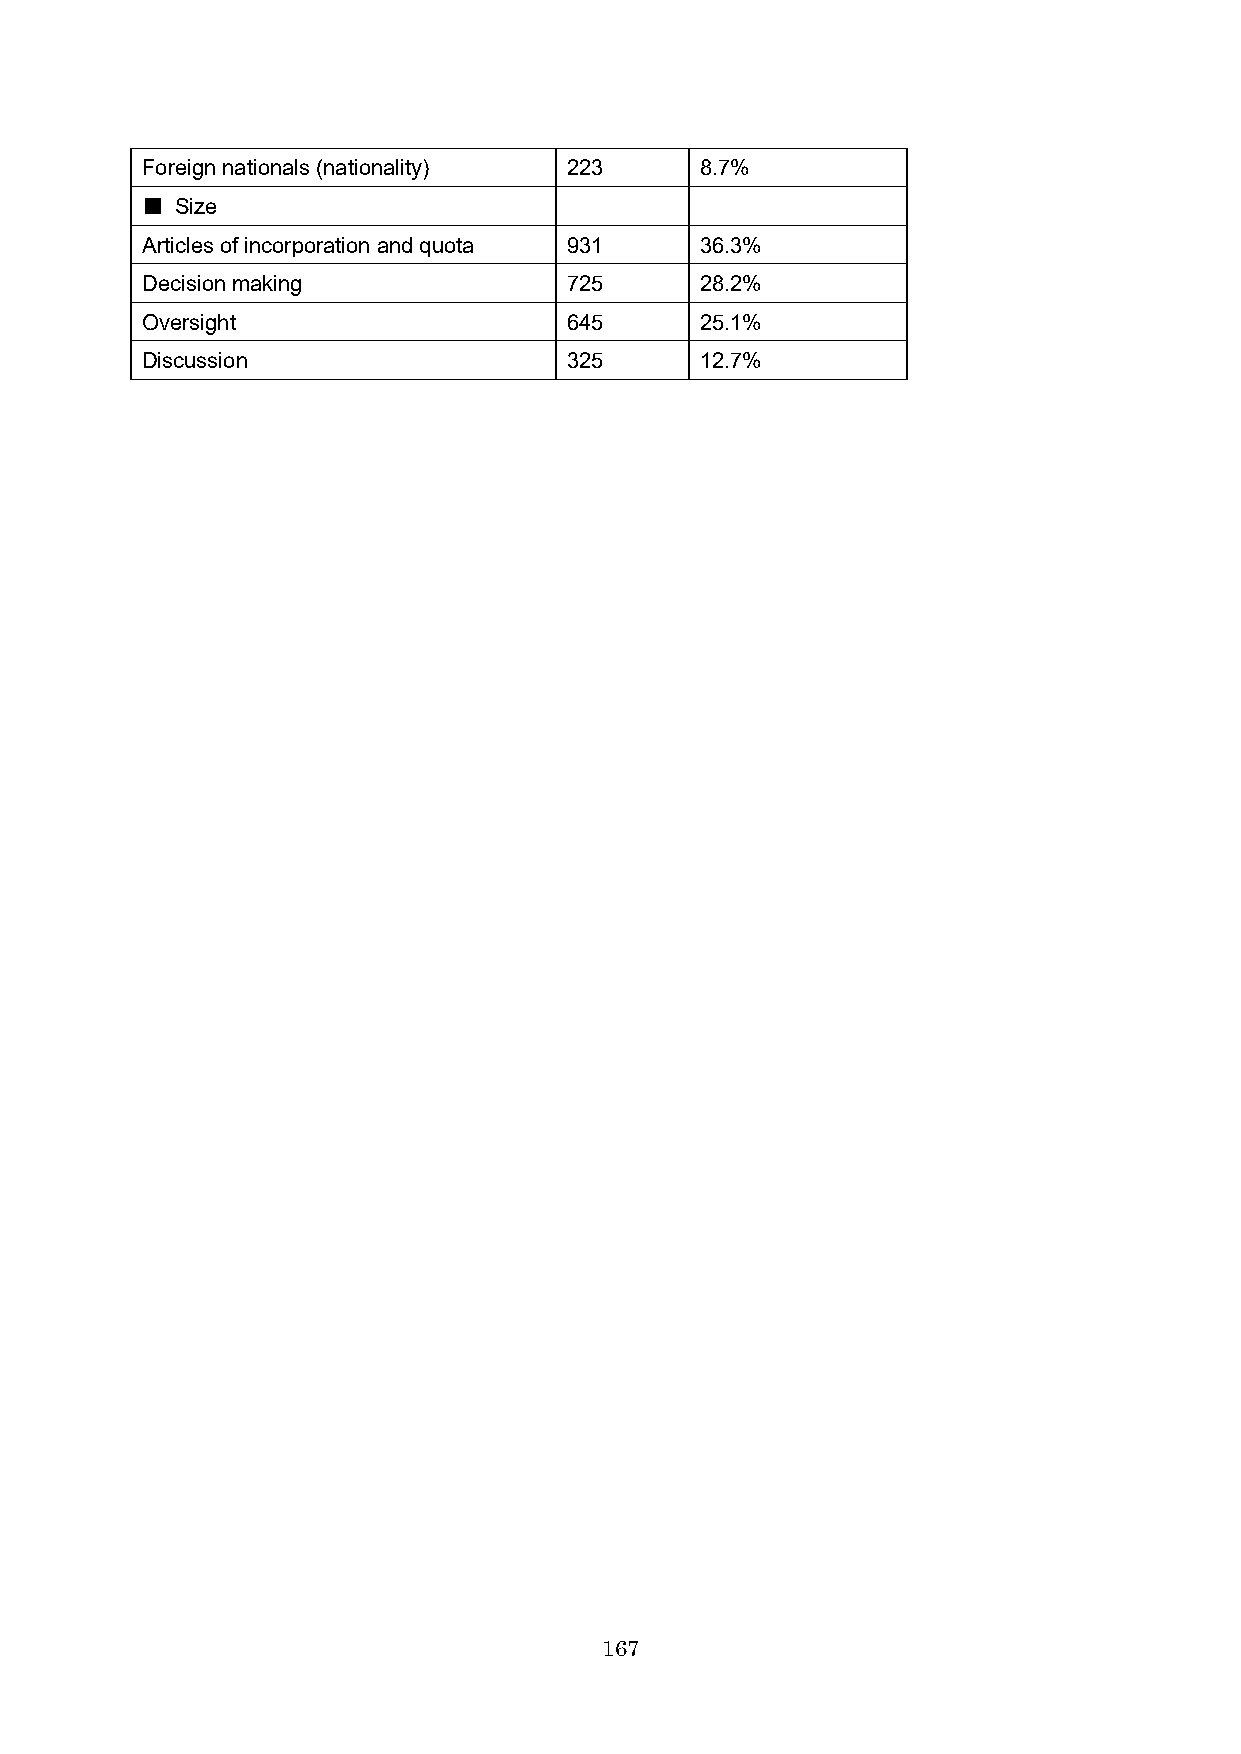
Foreign nationals (nationality) 223  8.7%
 ■  Size
 Articles of incorporation and quota 931 36.3%
 Decision making             725      28.2%
 Oversight                   645      25.1%
 Discussion                  325      12.7%
 167